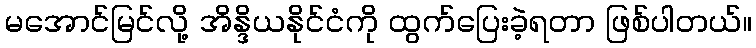
မအောင်မြင်လို့ အိန္ဒိယနိုင်ငံကို ထွက်ပြေးခဲ့ရတာ ဖြစ်ပါတယ်။